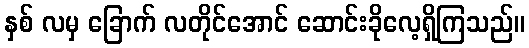
နှစ် လမှ ခြောက် လတိုင်အောင် ဆောင်းခိုလေ့ရှိကြသည်။